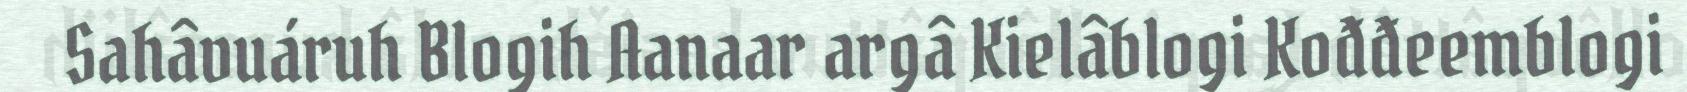
Sahâvuáruh Blogih Aanaar argâ Kielâblogi Kođđeemblogi